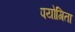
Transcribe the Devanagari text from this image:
पयोगिता